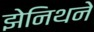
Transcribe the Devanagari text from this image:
झेनिथने